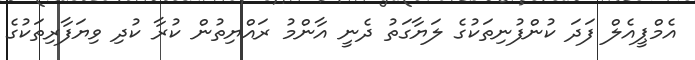
އެމްޕީއެލް ފަދަ ކުންފުނިތަކުގެ ލަޔާގަތު ދެނީ އާންމު ރައްޔިތުން ކުރާ ކުދި ވިޔަފާރިތަކުގެ